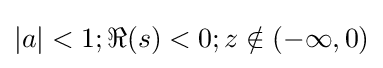
|a|<1;\Re (s)<0;z\notin (-\infty ,0)